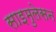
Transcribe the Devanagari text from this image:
साइमुलेसन